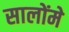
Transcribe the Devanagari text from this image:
सालोंमे